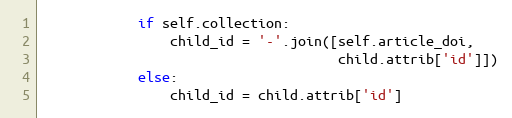
Language: Python
            if self.collection:
                child_id = '-'.join([self.article_doi,
                                     child.attrib['id']])
            else:
                child_id = child.attrib['id']